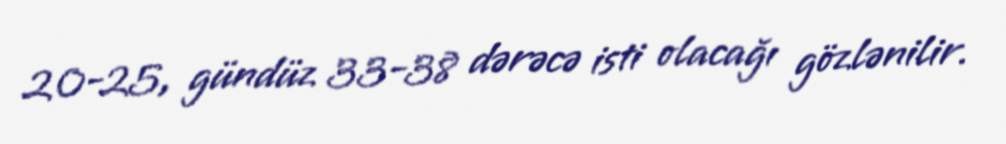
20-25, gündüz 33-38 dərəcə isti olacağı gözlənilir.